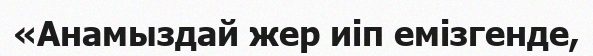
«Анамыздай жер иіп емізгенде,